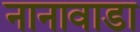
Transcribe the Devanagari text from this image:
नानावाडा